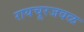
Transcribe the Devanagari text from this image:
रायचूरजवळ